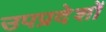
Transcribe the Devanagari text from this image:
उपप्रदेशों